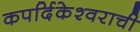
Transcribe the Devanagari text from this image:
कपर्दिकेश्वराची